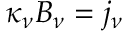
\kappa _ { \nu } B _ { \nu } = j _ { \nu }